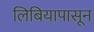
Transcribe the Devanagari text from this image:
लिबियापासून